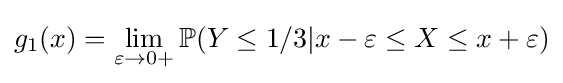
g_{1}(x)=\lim _{\varepsilon \to 0+}\mathbb {P} (Y\leq 1/3|x-\varepsilon \leq X\leq x+\varepsilon )